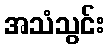
အသံသွင်း